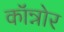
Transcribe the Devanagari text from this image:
कॉन्नोर